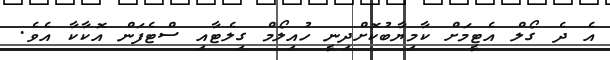
އެ ދެ ގޯލް އެޓީމަށް ކާމިޔާބުކޮށްދިނީ ހުއިލޯމް ގިލެޓާއި ސްޓެފަން އޮކާކާ އެވެ.